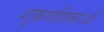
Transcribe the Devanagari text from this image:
शुक्रवाहिकाओं